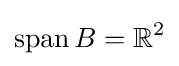
\operatorname {span} B=\mathbb {R} ^{2}